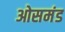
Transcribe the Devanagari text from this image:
ओसमंड